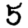
Digit: 5